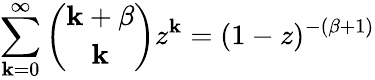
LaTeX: \sum_{\mathbf{k}=0}^{\infty}\binom{\mathbf{k}+\beta}{\mathbf{k}}z^{\mathbf{k}}=(1-z)^{-(\beta+1)}